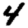
Digit: 4